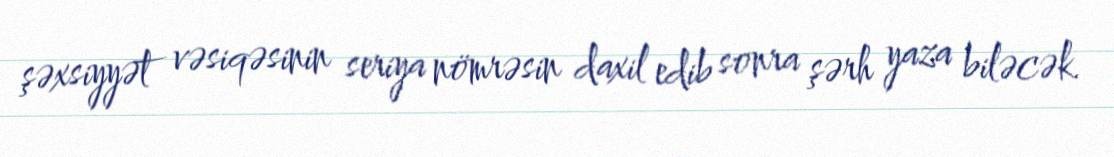
şəxsiyyət vəsiqəsinin seriya nömrəsin daxil edib sonra şərh yaza biləcək.